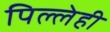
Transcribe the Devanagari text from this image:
पिल्लेही